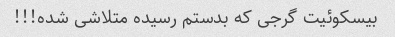
بیسکوئیت گرجی که بدستم رسیده متلاشی شده!!!